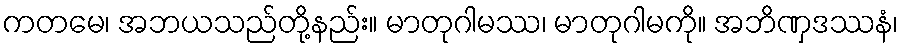
ကတမေ၊ အဘယသည်တို့နည်း။ မာတုဂါမဿ၊ မာတုဂါမကို။ အဘိဏှဒဿနံ၊